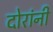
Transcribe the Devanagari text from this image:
दोरांनी